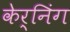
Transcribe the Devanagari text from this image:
केर्निंग